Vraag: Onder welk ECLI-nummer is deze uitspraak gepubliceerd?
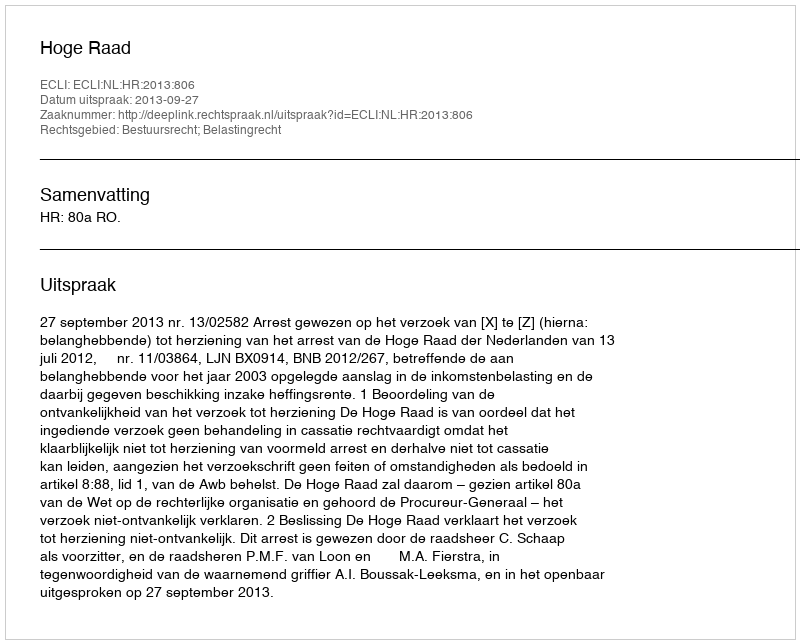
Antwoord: ECLI:NL:HR:2013:806